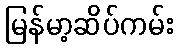
မြန်မာ့ဆိပ်ကမ်း